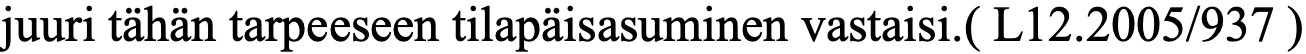
juuri tähän tarpeeseen tilapäisasuminen vastaisi.( L12.2005/937 )